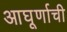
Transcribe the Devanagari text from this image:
आघूर्णाची